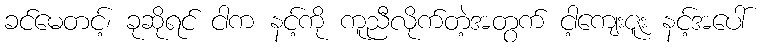
ခင်မေတင့်၊ ခုဆိုရင် ငါက နင့်ကို ကူညီလိုက်တဲ့အတွက် ငါ့ကျေးဇူး နင့်အပေါ်